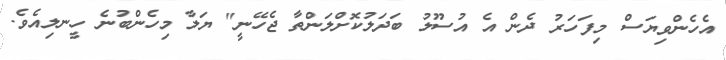
އެހެންވިޔަސް މިފަހަރު ދެން އެ އުސޫލު ބަދަލުކޮށްލަންތާ ޖެހޭނީ" ޔަލާ މިހެންބުނެ ހީނލިއެވެ.